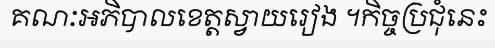
គណៈអភិបាលខេត្តស្វាយរៀង ។កិច្ចប្រជុំនេះ